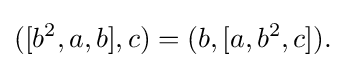
\displaystyle {([b^{2},a,b],c)=(b,[a,b^{2},c]).}